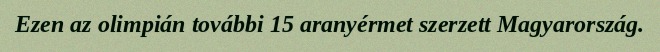
Ezen az olimpián további 15 aranyérmet szerzett Magyarország.